Annual administration report of the Civil Veterinary Department of India - 1895-1896
Year: 1895
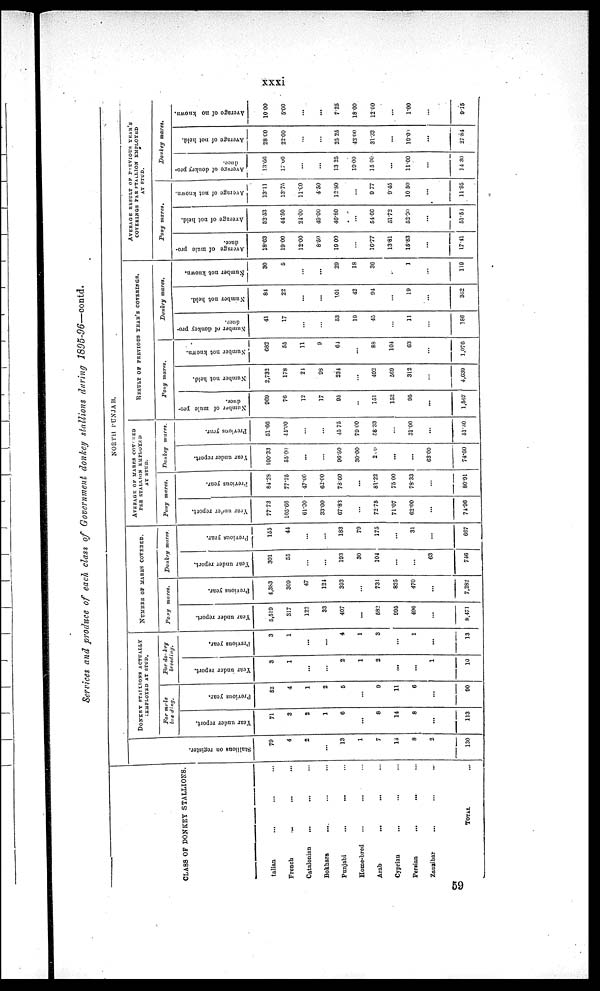
xxxi
Services and produce of each class of Government donkey stallions during 1895-96—contd.
CLASS OF DONKEY STALLIONS.
Italian ... ... ...
French ... ... ...
Catalonian ... ... ...
Bokhara ... ... ...
Punjabi ... ... ...
Home-bred ... ... ...
Arab ... ... ...
Cyprian ... ... ...
Persian ... ... ...
Zanzibar ... ... ...
TOTAL...
NORTH PUNJAB.
Stallions on register.
79
4
2
...
13
1
7
14
8
2
130
DONEY STATLIONS ACTUALLY
EMPLOYED AT STUD.
For mrle
breding.
Year under report.
71
3
2
1
6
...
8
14
8
...
113
Previous year.
52
4
1
2
5
...
9
11
6
...
90
For donkey
breeding.
Year under report.
3
1
...
...
2
1
2
...
...
1
10
Previous year.
3
1
...
...
4
1
3
...
1
13
NUMBER OF MARES COVERED.
Pony
mares.
Year under report.
5,519
317
122
33
407
...
582
995
496
...
8,471
Previous year.
4,383
309
47
124
393
...
731
825
470
...
7,282
Donkey mares.
Year under report.
301
55
...
...
193
30
104
...
...
63
746
Previous year.
155
41
...
...
183
79
175
...
31
...
667
AVERAGE OF MARES COVERED
PER STALLION EMPLOYED
AT STUD.
Pony
mares.
Year under report.
77.73
105.66
61.00
33.00
67.83
...
72.75
71.07
62.00
...
74.96
Previous year.
84.28
77.25
47.00
62.00
78.60
...
81.22
75.00
78.33
...
80.91
Donkey mares.
Year under report.
100.33
55.00
...
...
96.50
30.00
2.0
...
...
63.00
74.60
Previons year.
51.66
44.00
...
...
45.75
79.00
58.33
...
31.00
...
51.30
RESULT OF PREVIOUS YEAR'S COVERINGS.
Pony
mares.
Number of mule pro-
duce.
969
76
12
17
95
...
151
152
95
...
1,567
Number not held.
2,732
178
21
98
234
...
492
569
312
...
4,639
Number not known.
682
55
11
9
61
...
88
104
63
...
1,076
Donkey
mares.
Number of donkey pro-
duce.
41
17
...
...
53
19
45
...
11
...
186
Number not held.
84
22
...
...
101
42
94
...
19
...
362
Number not known.
30
5
...
...
29
18
36
...
1
...
119
AVERAGE RESULT OF PREVIOUS YEAR'S
COVERINGS PER STALLION EMPLOYED
AT STUD.
Pony
mares.
Average of mule pro-
duce.
18.63
19.00
12.00
8.50
19 00
...
16.77
13.81
15.83
...
17.41
Average of not held.
52.53
44.50
24.00
49.00
46.80
...
54.66
51.72
52.00
...
51.51
Average of not known.
13.11
13.75
11.00
4.50
12.80
...
9 .77
9.45
10.50
...
11.95
Donkey
mares.
Average
of donkey pro-
duce.
13.66
17.00
...
...
13.25
19.00
15.00
...
11.00
...
14.30
Average of not held.
28.00
22.00
...
...
25.25
42.00
31.33
...
19.00
...
27.84
Average
of not known.
10.00
5.00
...
...
7.25
18.00
12.00
...
1.00
...
9.15
59